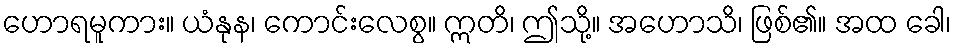
ဟောရမူကား။ ယံနုန၊ ကောင်းလေစွ။ ဣတိ၊ ဤသို့။ အဟောသိ၊ ဖြစ်၏။ အထ ခေါ၊